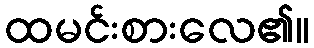
ထမင်းစားလေ၏။